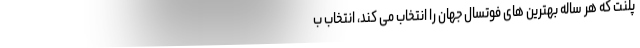
پلنت که هر ساله بهترین های فوتسال جهان را انتخاب می کند، انتخاب ب